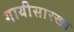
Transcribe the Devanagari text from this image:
गायीसारखा